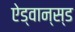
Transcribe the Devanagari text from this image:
ऐड्वान्स्ड